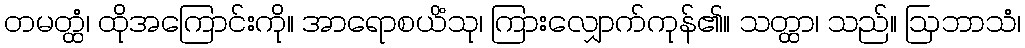
တမတ္ထံ၊ ထိုအကြောင်းကို။ အာရောစယိံသု၊ ကြားလျှောက်ကုန်၏။ သတ္ထာ၊ သည်။ ဩဘာသံ၊